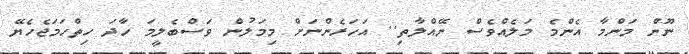
ނޫން މަންމާ އެންމެ މަލެއްވެސް ނޭއްލާތި.. އަހަރެންނަށް މިމަލުން ވަސްބެލީމަ ހާދަ ހިތްހަމަޖެހެޔޭ